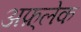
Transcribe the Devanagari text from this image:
अफ़्लेक